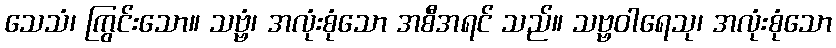
သေသံ၊ ကြွင်းသော။ သဗ္ဗံ၊ အလုံးစုံသော အစီအရင် သည်။ သဗ္ဗဝါရေသု၊ အလုံးစုံသော